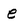
Character: e